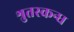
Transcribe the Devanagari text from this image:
श्रुतस्कन्ध